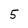
Character: 5